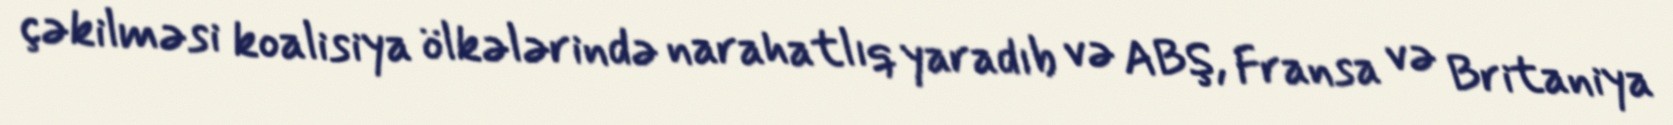
çəkilməsi koalisiya ölkələrində narahatlıq yaradıb və ABŞ, Fransa və Britaniya